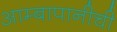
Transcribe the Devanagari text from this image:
आम्बापानीची